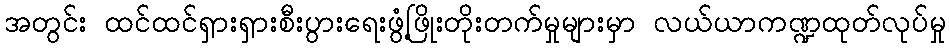
အတွင်း ထင်ထင်ရှားရှားစီးပွားရေးဖွံ့ဖြိုးတိုးတက်မှုများမှာ လယ်ယာကဏ္ဍထုတ်လုပ်မှု